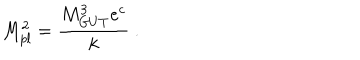
LaTeX: M _ { p l } ^ { 2 } = { \frac { M _ { G U T } ^ { 3 } e ^ { c } } { \displaystyle k } } ~ . ~ \,